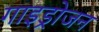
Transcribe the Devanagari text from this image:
गाइड्रोजन